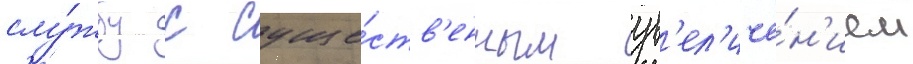
слу́жбу с суще́ств'енным ув'ел'иче́н'ием